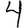
Digit: 4